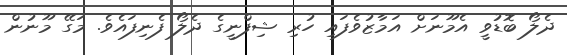
ދެލޯ ބޮޑުވީ އެމޫނަށް އަމާޒުވެފައި ހުރި ޝިފްނީގެ ދެލޯ ފެނިފައެވެ. މަގޭ މޫނުން